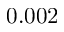
0 . 0 0 2